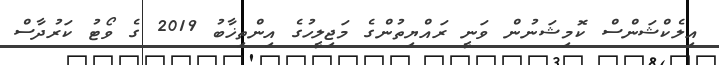
އިލެކްޝަންސް ކޮމިޝަނުން ވަނީ ރައްޔިތުންގެ މަޖިލީހުގެ އިންތިޚާބު 2019 ގެ ވޯޓު ކަރުދާސް